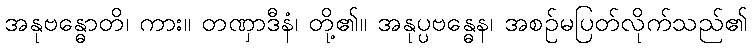
အနုဗန္ဓောတိ၊ ကား။ တဏှာဒီနံ၊ တို့၏။ အနုပ္ပဗန္ဓေန၊ အစဉ်မပြတ်လိုက်သည်၏